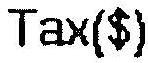
TAX($)